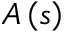
A \left( s \right)